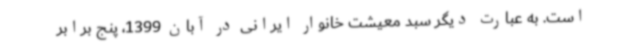
است. به‌ عبارت‌ دیگر سبد معیشت خانوار ایرانی در آبان 1399، پنج برابر